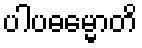
ပါပဓမ္မောတိ